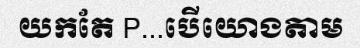
យកតែ P...បើយោងតាម